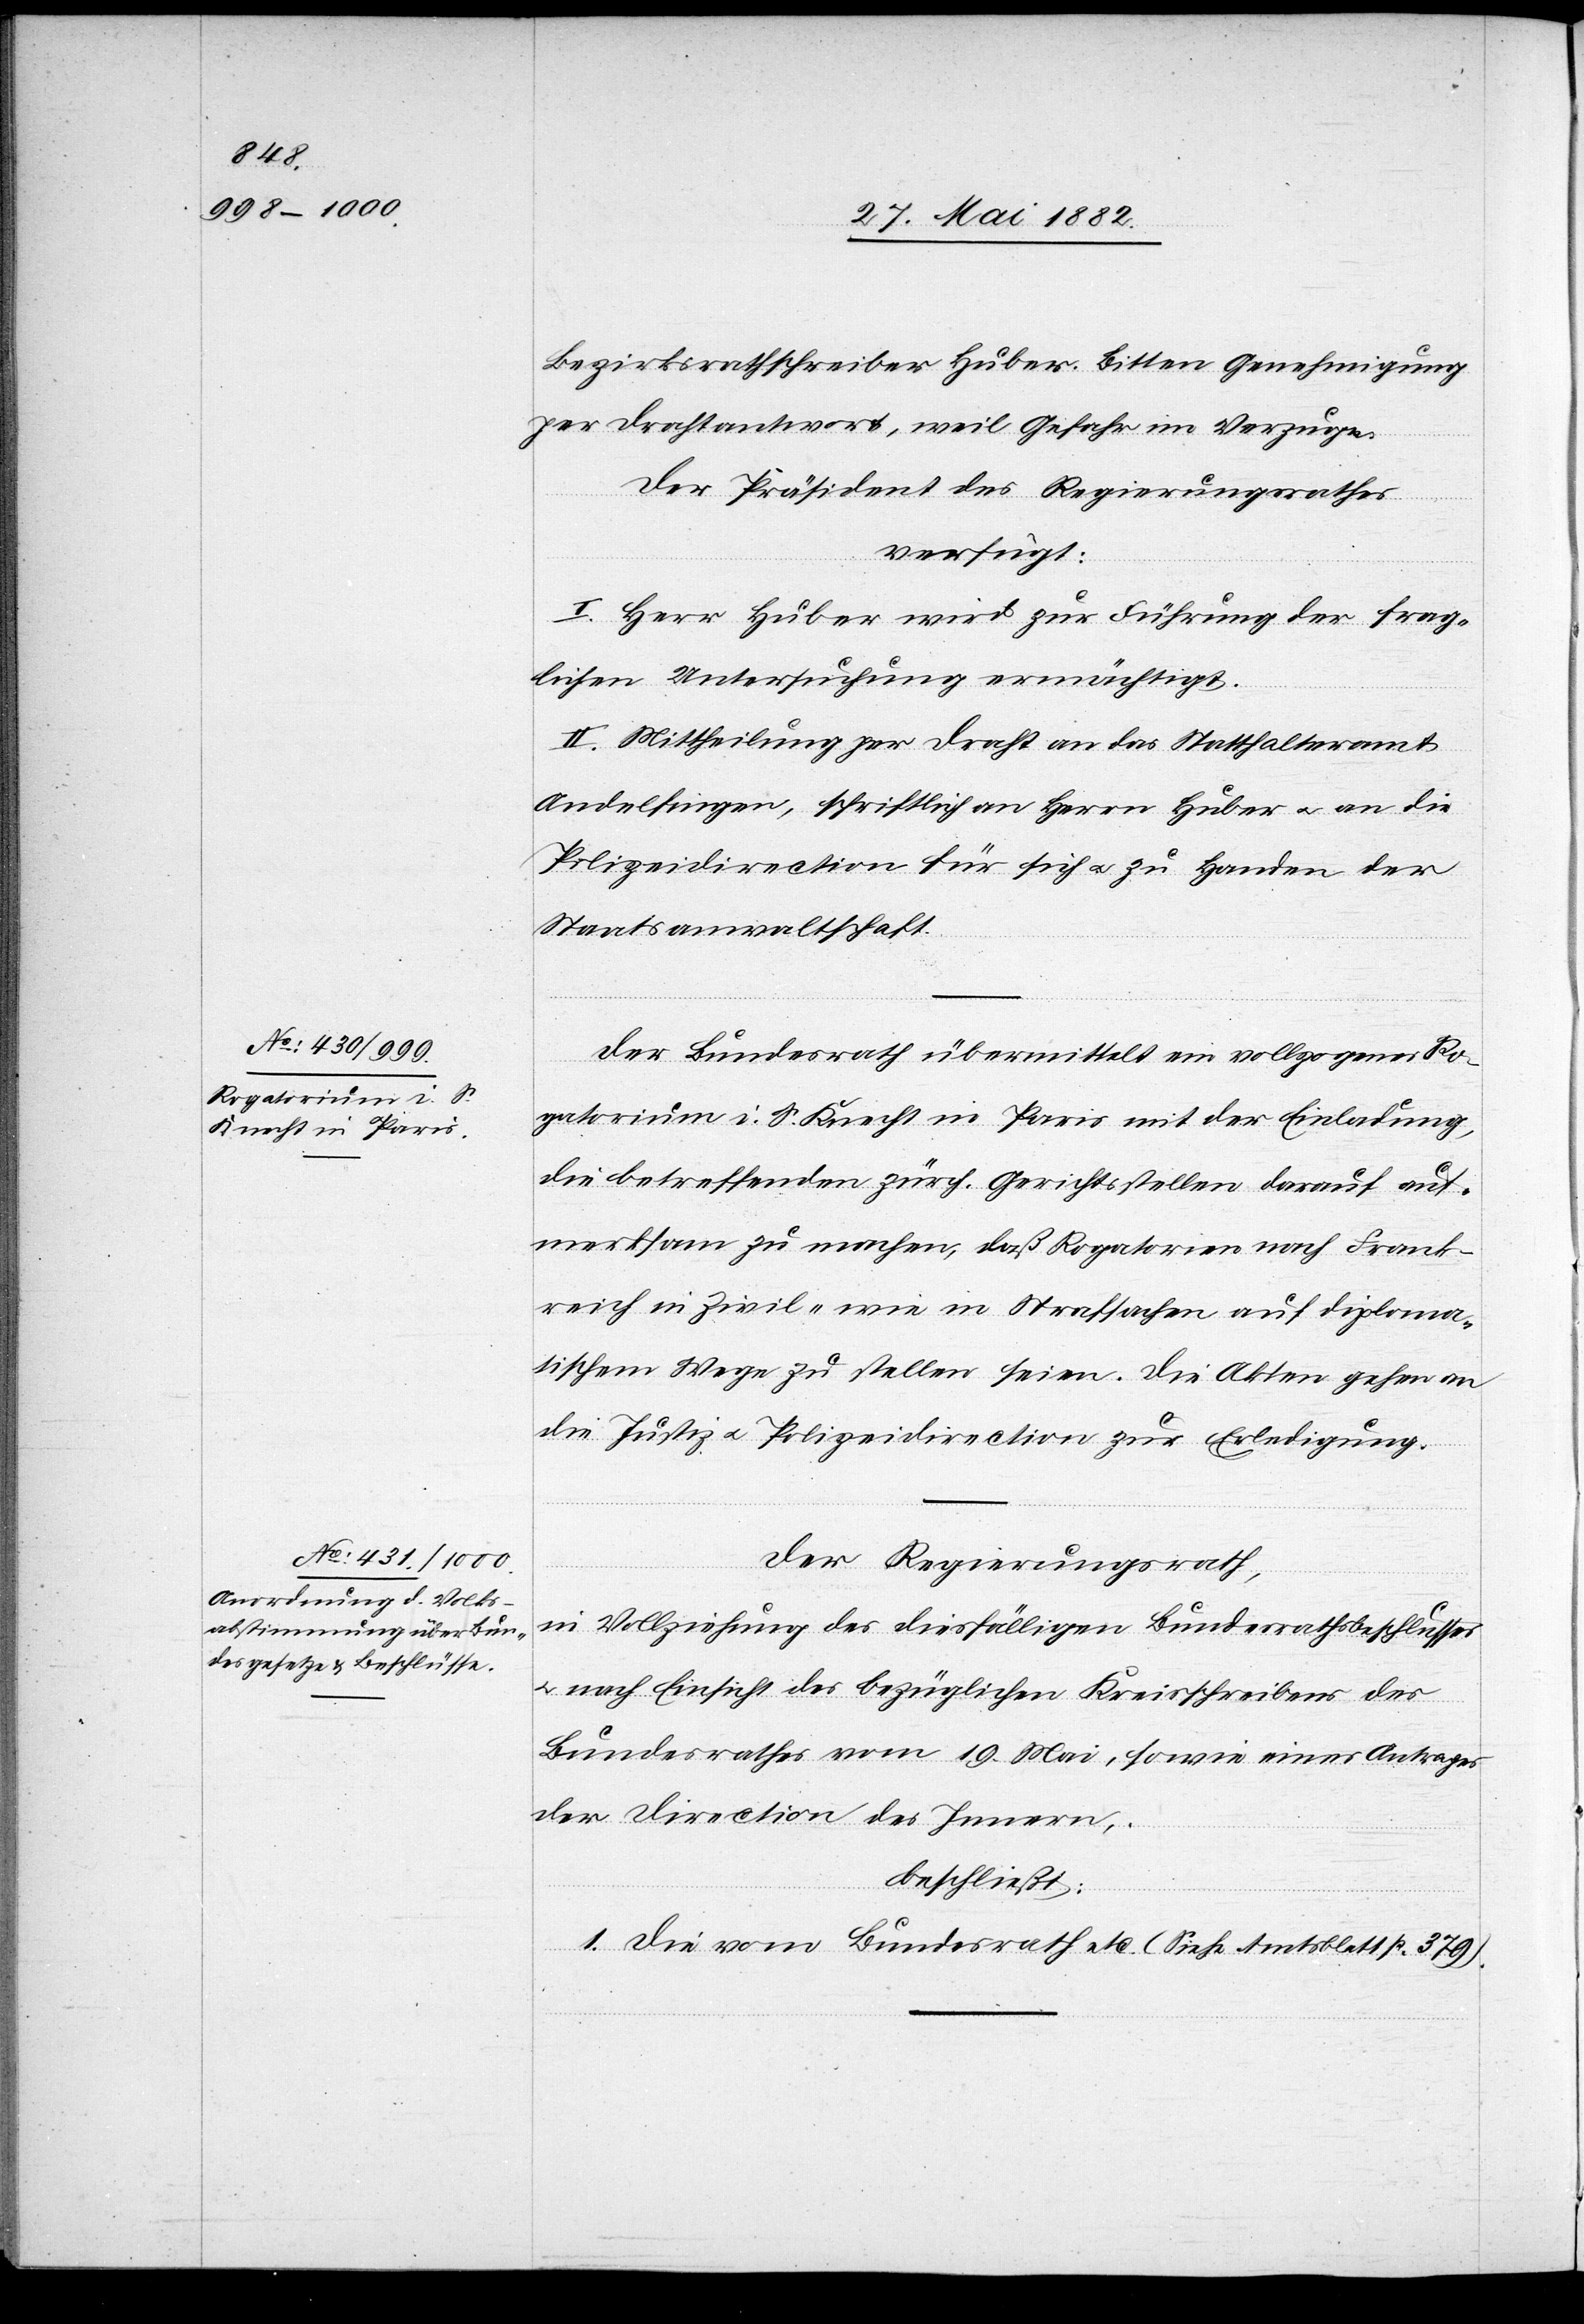
31. Mai 1882.]
Bezirksrathschreiber Huber. Bitten Genehmigung
per Drahtantwort, weil Gefahr im Verzuge.
Der Präsident des Regierungsrathes
[si¬
verfügt:
I. Herr Huber wird zur Führung der frag¬
lichen Untersuchung ermächtigt.
II. Mittheilung per Draht an das Statthalteramt
Andelfingen, schriftlich an Herrn Huber u. an die
Polizeidirection für sich u. zu Handen der
Staatsanwaltschaft.
Der Bundesrath übermittelt ein vollzogenes Ro¬
gatorium i. S. Knecht in Paris mit der Einladung,
die betreffenden zürch. Gerichtsstellen darauf auf¬
merksam zu machen, daß Rogatorien nach Frank¬
reich in Zivil- wie Strafsachen auf diploma¬
tischem Wege zu stellen seien. Die Akten gehen an
die Justiz- u. Polizeidirection zur Erledigung.
Der Regierungsrath,
in Vollziehung des diesfälligen Bundesrathsbeschlusses
u. nach Einsicht des bezüglichen Kreisschreibens des
Bundesrathes vom 19. Mai, sowie eines Antrages
der Direction des Innern,
beschließt:
c!] Die vom Bundesrath etc. (Siehe Amtsblatt p. 379).